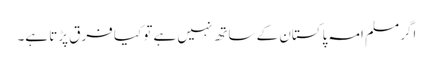
اگر مسلم امہ پاکستان کے ساتھ نہیں ہے تو کیا فرق پڑتا ہے۔